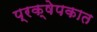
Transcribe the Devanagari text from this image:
प्रक्षेपकात